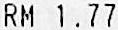
RM 1.77